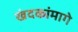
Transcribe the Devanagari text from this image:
खंदकांमागे